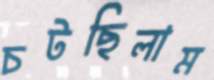
চটছিলাম